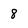
Character: 8